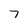
Character: 7